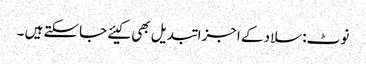
نوٹ: سلاد کے اجزا تبدیل بھی کیئے جاسکتے ہیں ۔